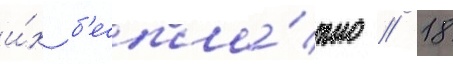
и́х б'еспла́тно // 18